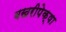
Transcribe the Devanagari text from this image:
बखरीपेक्षा